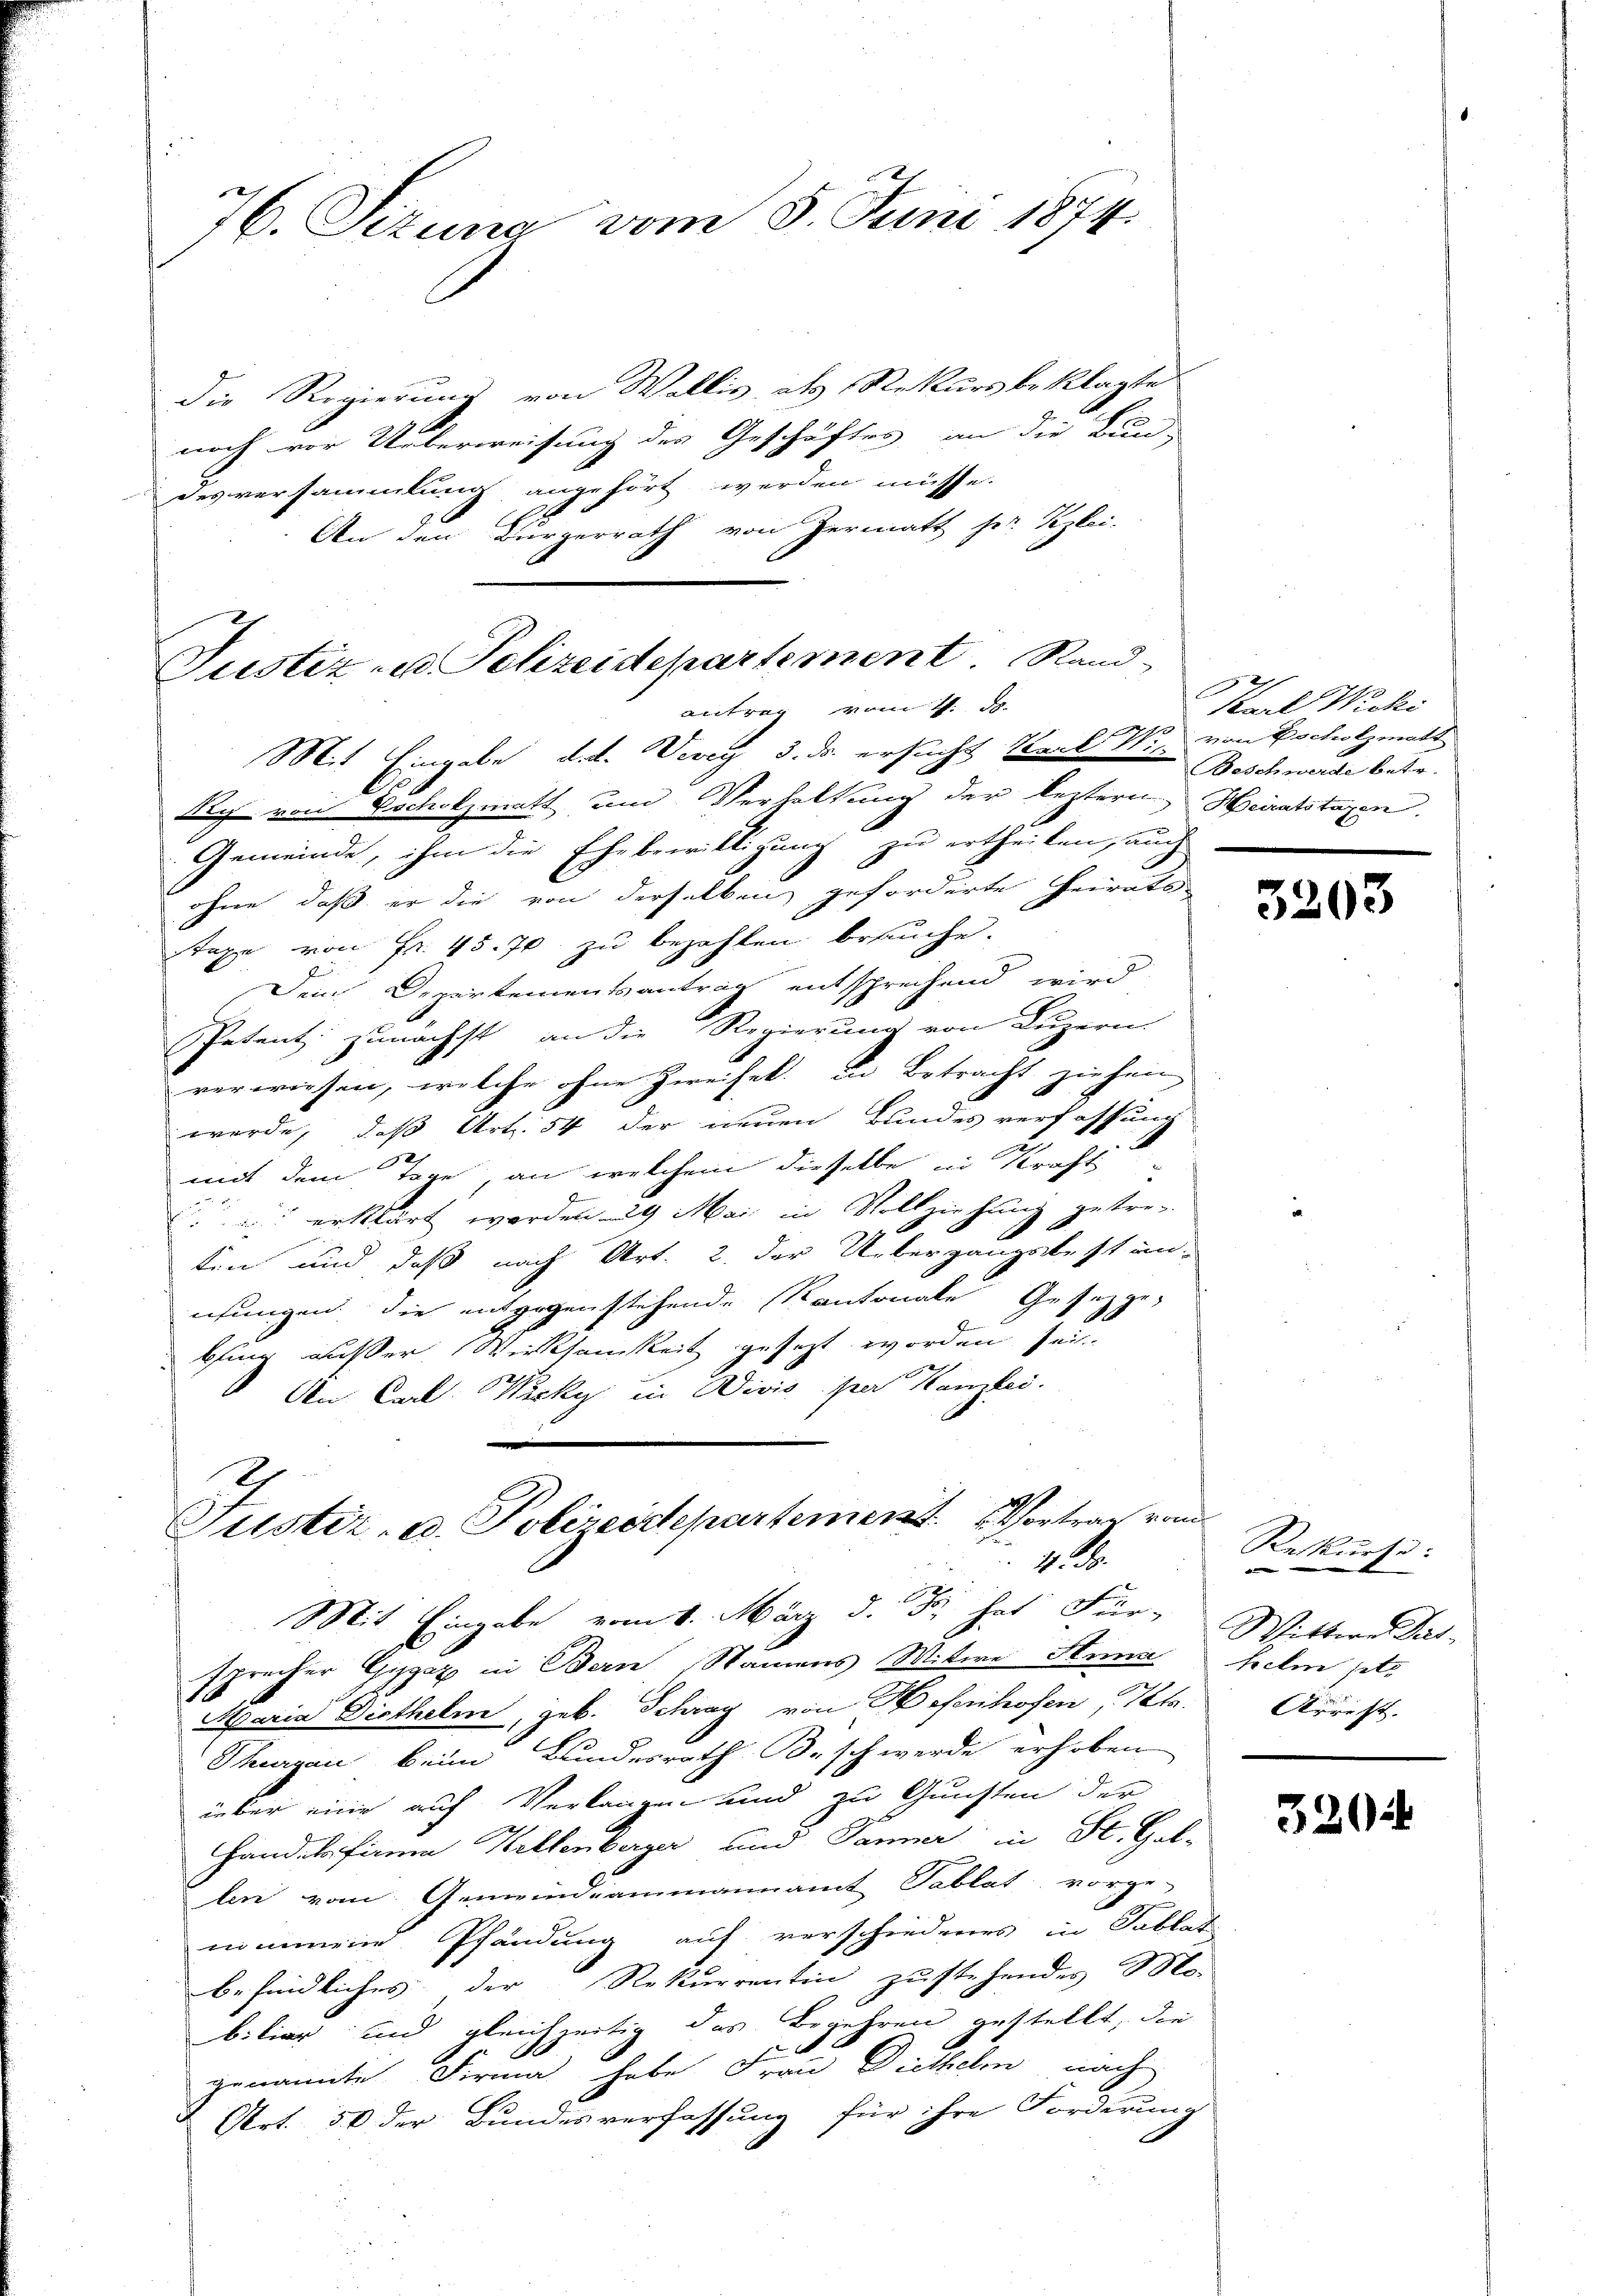
76. Sizung vom 5. Juni 1874.

Justiz u. Polizeidepartement. Rand-

die Regierung von Wallis als Rekursbeklagte
noch vor Ueberweisung des Geschäftes an die Bun-
desversammlung angehört werden müsse.
An den Bürgerrath von Hermatt her Pezlei-
antrag vom 11. De
Mit Eingabe dat. Vevey 3. ds. ersucht Karl N. Beschwerde betr.
Rch von Escholzmatt und Verhaltung der leztern, Heiratstagen.
Gemeinde, ihm die Ehebewilligung zu ertheilen, auch
ohne, daß er die von derselben geforderte Heirats
taxe von Fr. 45. 70 zu bezahlen brauche.
f
Dem Departementsantrag entsprechend wird
Petent zunächst an die Regierung von Luzern
verwiesen, welche ohne Zweifek in Betracht ziehen,
werde, daß Art. 54 der neuen Bundes verfassung
2
mit dem Tage, an welchem dieselbe in Kraft
C erklärt worden. 29 Mai in Vollziehung getre-
xx
ten und daß nach Art. 2. der Uebergangsbest un-
ihungen die entgegenstehende Kantonale Gesetzge
bsing außer Wirksamkeit gesezt worden sei
An Carl Wicky in Divis par Kanzlei.
Justiz- u. Polizeirtepartement. Vortrag von
41. d.
Mit Eingabe vom 4. März d. Js. hat Für-
sprecher Gyger in Bern, Namens Witwe Stund
Maria Diethelm, geb. Schrag von Hoferhofen, Kts.
Thurgan beim Bundesrath Besch werde erhoben
iüber eine auf Verlangen und zu Gunsten der
Handelsfina Kellenberger und Panner in St. Gal-
len vom Gemeindammannamt Pablat vorge-
nommene Pfändung auf verschiedenes in Tablat
befindliches der Rekurrentin zustehendes Mo-
biliar und gleichzeitig das Begehren gestellt, die
.
genannte Firma habe Frau Diethelm nach
Art. 50 der Bundesverfassung für ihre Forderung
.

Kanal Wicki
2 von Pischolzmath

5203

Rekurse:
.
Wittere Dart-
helm jetz
Arrest. |

3204